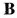
B